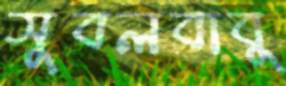
সুবলবাবু